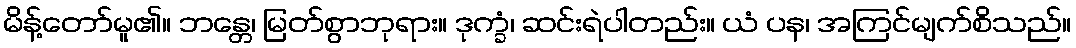
မိန့်တော်မူ၏။ ဘန္တေ၊ မြတ်စွာဘုရား။ ဒုက္ခံ၊ ဆင်းရဲပါတည်း။ ယံ ပန၊ အကြင်မျက်စိသည်။